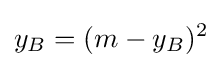
y_{B}=(m-y_{B})^{2}